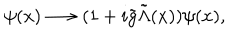
\psi ( x ) \longrightarrow ( 1 + i { \tilde { g } } { \tilde { \Lambda } } ( x ) ) \psi ( x ) ,